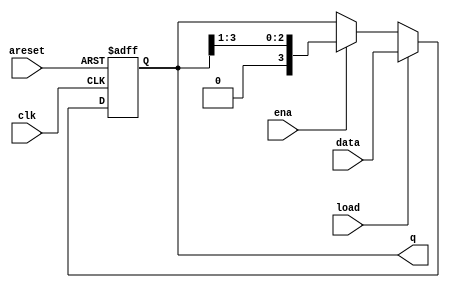
/*
Build a 4-bit shift register (right shift),
with asynchronous reset, synchronous load,
and enable.

- areset: Resets shift register to zero.
- load: Loads shift register with data[3:0] instead of shifting.
- ena: Shift right (q[3] becomes zero, q[0] is shifted out and disappears).
- q: The contents of the shift register.

If both the load and ena inputs are asserted (1), the
load input has higher priority.
*/

module top_module(
    input clk,
    input areset,  // async active-high reset to zero
    input load,
    input ena,
    input [3:0] data,
    output reg [3:0] q); 
 
    always @ (posedge clk or posedge areset) begin
        if (areset) q <= 0;
        else if (load) q <= data;
        else if (ena) begin;
            q <= {1'b0, q[3:1]};
        end
    end

endmodule